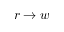
r \rightarrow w